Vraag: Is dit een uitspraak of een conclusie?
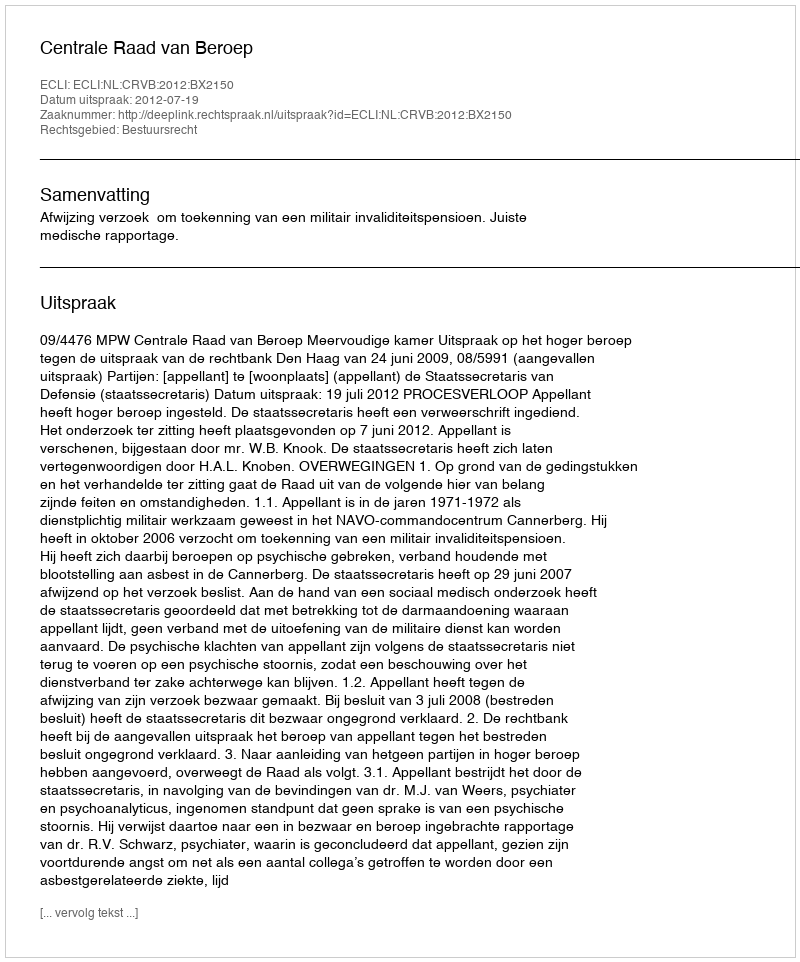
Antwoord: Uitspraak